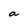
Character: a